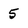
Character: 5